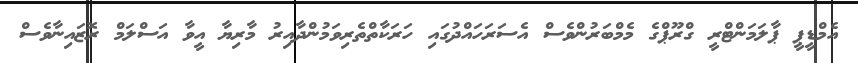
އެމްޑީޕީ ޕާލަމަންޓްރީ ގްރޫޕްގެ މެމްބަރުންވެސް އެސަރަހައްދުގައި ހަރަކާތްތެރިވަމުންދާއިރު މާރިޔާ އީވާ އަސްލަމް ރޮޒައިނާވެސް